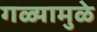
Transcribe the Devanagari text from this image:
गळ्यामुळे